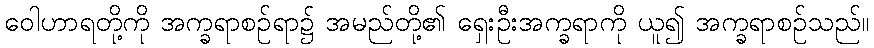
ဝေါဟာရတို့ကို အက္ခရာစဉ်ရာ၌ အမည်တို့၏ ရှေးဦးအက္ခရာကို ယူ၍ အက္ခရာစဉ်သည်။